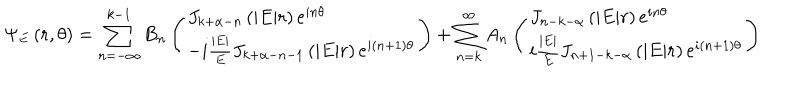
\Psi _ { E } \left( r , \theta \right) = \sum _ { n = - \infty } ^ { k - 1 } B _ { n } \left( \begin{array} { l } { { J _ { k + \alpha - n } \left( | E | r \right) e ^ { i n \theta } } } \\ { { - i \frac { | E | } { E } J _ { k + \alpha - n - 1 } \left( | E | r \right) e ^ { i \left( n + 1 \right) \theta } } } \\ \end{array} \right) + \sum _ { n = k } ^ { \infty } A _ { n } \left( \begin{array} { l } { { J _ { n - k - \alpha } \left( | E | r \right) e ^ { i n \theta } } } \\ { { i \frac { | E | } { E } J _ { n + 1 - k - \alpha } \left( | E | r \right) e ^ { i \left( n + 1 \right) \theta } } } \\ \end{array} \right)